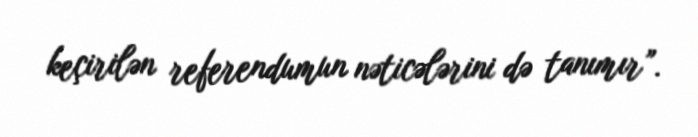
keçirilən referendumun nəticələrini də tanımır”.